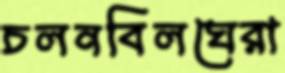
চলনবিলঘেরা